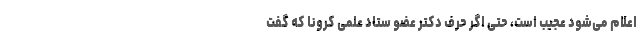
اعلام می‌شود عجیب است، حتی اگر حرف دکتر عضو ستاد علمی کرونا که گفت